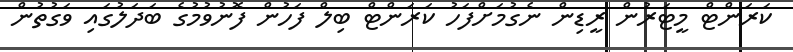
ކަރަންޓް މީޓަރުން ރީޑިން ނެގުމަށްފަހު ކަރަންޓް ބިލް ފަހުން ފޮނުވުމުގެ ބަދަލުގައި ވަގުތުން